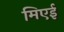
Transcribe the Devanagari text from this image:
मिएई